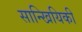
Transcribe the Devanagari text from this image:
सान्खियिकी